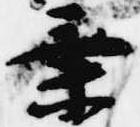
乗